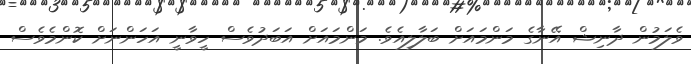
ވެލަމުން ދާނިޝް އޭނާގެ މަންމައަށް ބަލާލިއެވެ. މަންމައަށް އަބަދުވެސް ހީވާނީ އަހަންނަށް ކޮންމެވެސް